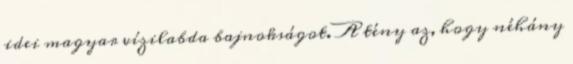
idei magyar vízilabda bajnokságot. A tény az, hogy néhány